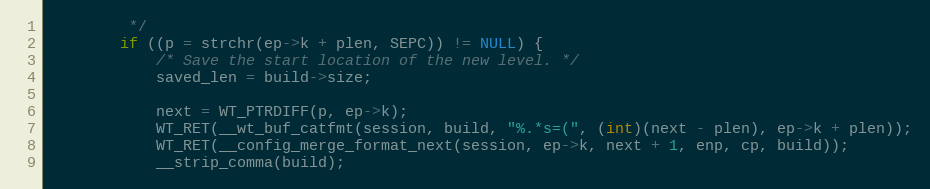
Language: C
         */
        if ((p = strchr(ep->k + plen, SEPC)) != NULL) {
            /* Save the start location of the new level. */
            saved_len = build->size;

            next = WT_PTRDIFF(p, ep->k);
            WT_RET(__wt_buf_catfmt(session, build, "%.*s=(", (int)(next - plen), ep->k + plen));
            WT_RET(__config_merge_format_next(session, ep->k, next + 1, enp, cp, build));
            __strip_comma(build);